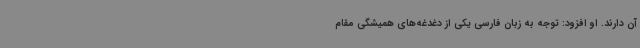
آن دارند. او افزود: توجه به زبان فارسی یکی از دغدغه‌های همیشگی مقام